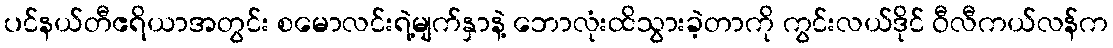
ပင်နယ်တီဧရိယာအတွင်း စမောလင်းရဲ့မျက်နှာနဲ့ ဘောလုံးထိသွားခဲ့တာကို ကွင်းလယ်ဒိုင် ဝီလီကယ်လန်က